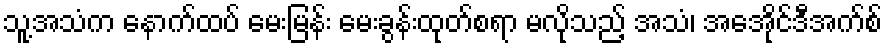
သူ့အသံက နောက်ထပ် မေးမြန်း မေးခွန်းထုတ်စရာ မလိုသည့် အသံ၊ အေအိုင်ဒီအက်စ်